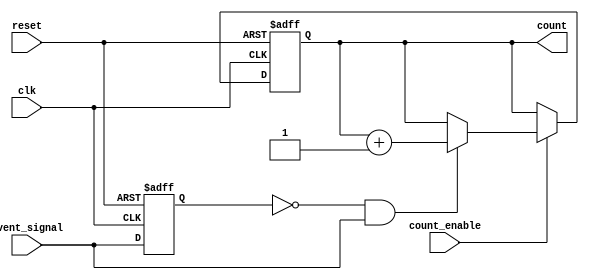
module EventTriggeredCounter #(
    parameter BIT_WIDTH = 8,      // Bit width for the count output
    parameter COUNT_MODE = 1      // 0: Level sensitive, 1: Rising edge, 2: Falling edge
)(
    input wire clk,                // Clock signal
    input wire reset,              // Asynchronous reset signal
    input wire count_enable,       // Count enable signal
    input wire event_signal,       // Event signal to trigger counting
    output reg [BIT_WIDTH-1:0] count // Output count value
);

    // Internal signal for edge detection
    reg event_signal_prev;

    always @(posedge clk or posedge reset) begin
        if (reset) begin
            count <= 0;              // Reset count to zero
            event_signal_prev <= 0;  // Initialize previous event signal
        end else begin
            if (count_enable) begin
                // Edge detection based on COUNT_MODE parameter
                case (COUNT_MODE)
                    0: begin // Level sensitive
                        if (event_signal) begin
                            count <= count + 1; // Increment count on high level
                        end
                    end
                    1: begin // Rising edge
                        if (~event_signal_prev && event_signal) begin
                            count <= count + 1; // Increment count on rising edge
                        end
                    end
                    2: begin // Falling edge
                        if (event_signal_prev && ~event_signal) begin
                            count <= count + 1; // Increment count on falling edge
                        end
                    end
                endcase
            end
            // Store the current event signal state for the next clock cycle
            event_signal_prev <= event_signal;
        end
    end

endmodule